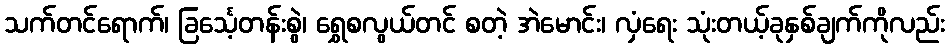
သက်တင်ရောက်၊ ခြင်္သေ့တန်းစွဲ၊ ရွှေစလွယ်တင် စတဲ့ အဲမောင်း၊ လှံရေး သုံးတယ့်ခုနှစ်ချက်ကိုလည်း